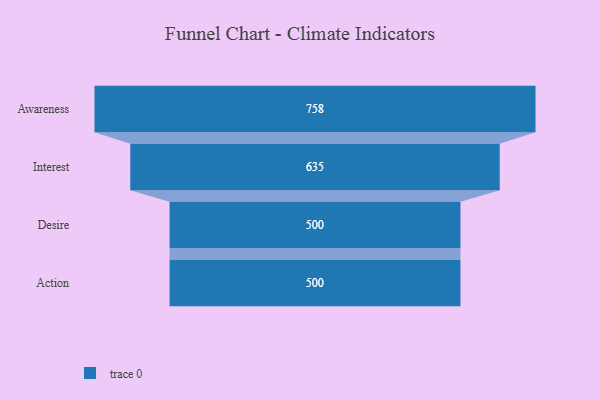
{"axis": {"x": "Stage", "y": "Value"}, "legend": [""], "data": [{"x": "Awareness", "y": 758.0, "type": ""}, {"x": "Interest", "y": 635.0, "type": ""}, {"x": "Desire", "y": 500, "type": ""}, {"x": "Action", "y": 500, "type": ""}]}